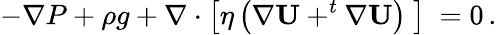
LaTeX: -\nabla P+\rho g+\nabla\cdot\left[\eta\left(\nabla\mathbf{U}+^{t}\nabla\mathbf{U}\right)\ \right]\ =0\, .